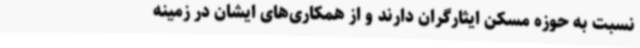
نسبت به حوزه مسکن ایثارگران دارند و از همکاری‌های ایشان‌ در زمینه